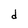
Character: d